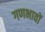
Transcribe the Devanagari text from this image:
गणभावों